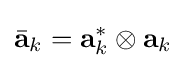
{\bar {\bf {a}}}_{k}={\bf {a}}_{k}^{*}\otimes {\bf {a}}_{k}